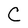
Character: C